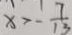
x > - \frac { 7 } { 1 3 }